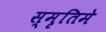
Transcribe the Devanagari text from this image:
स्मृतिमे